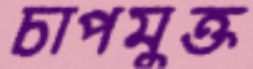
চাপমুক্ত